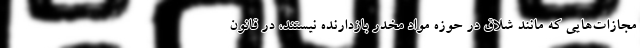
مجازات‌هایی که مانند شلاق در حوزه مواد مخدر بازدارنده نیستند، در قانون